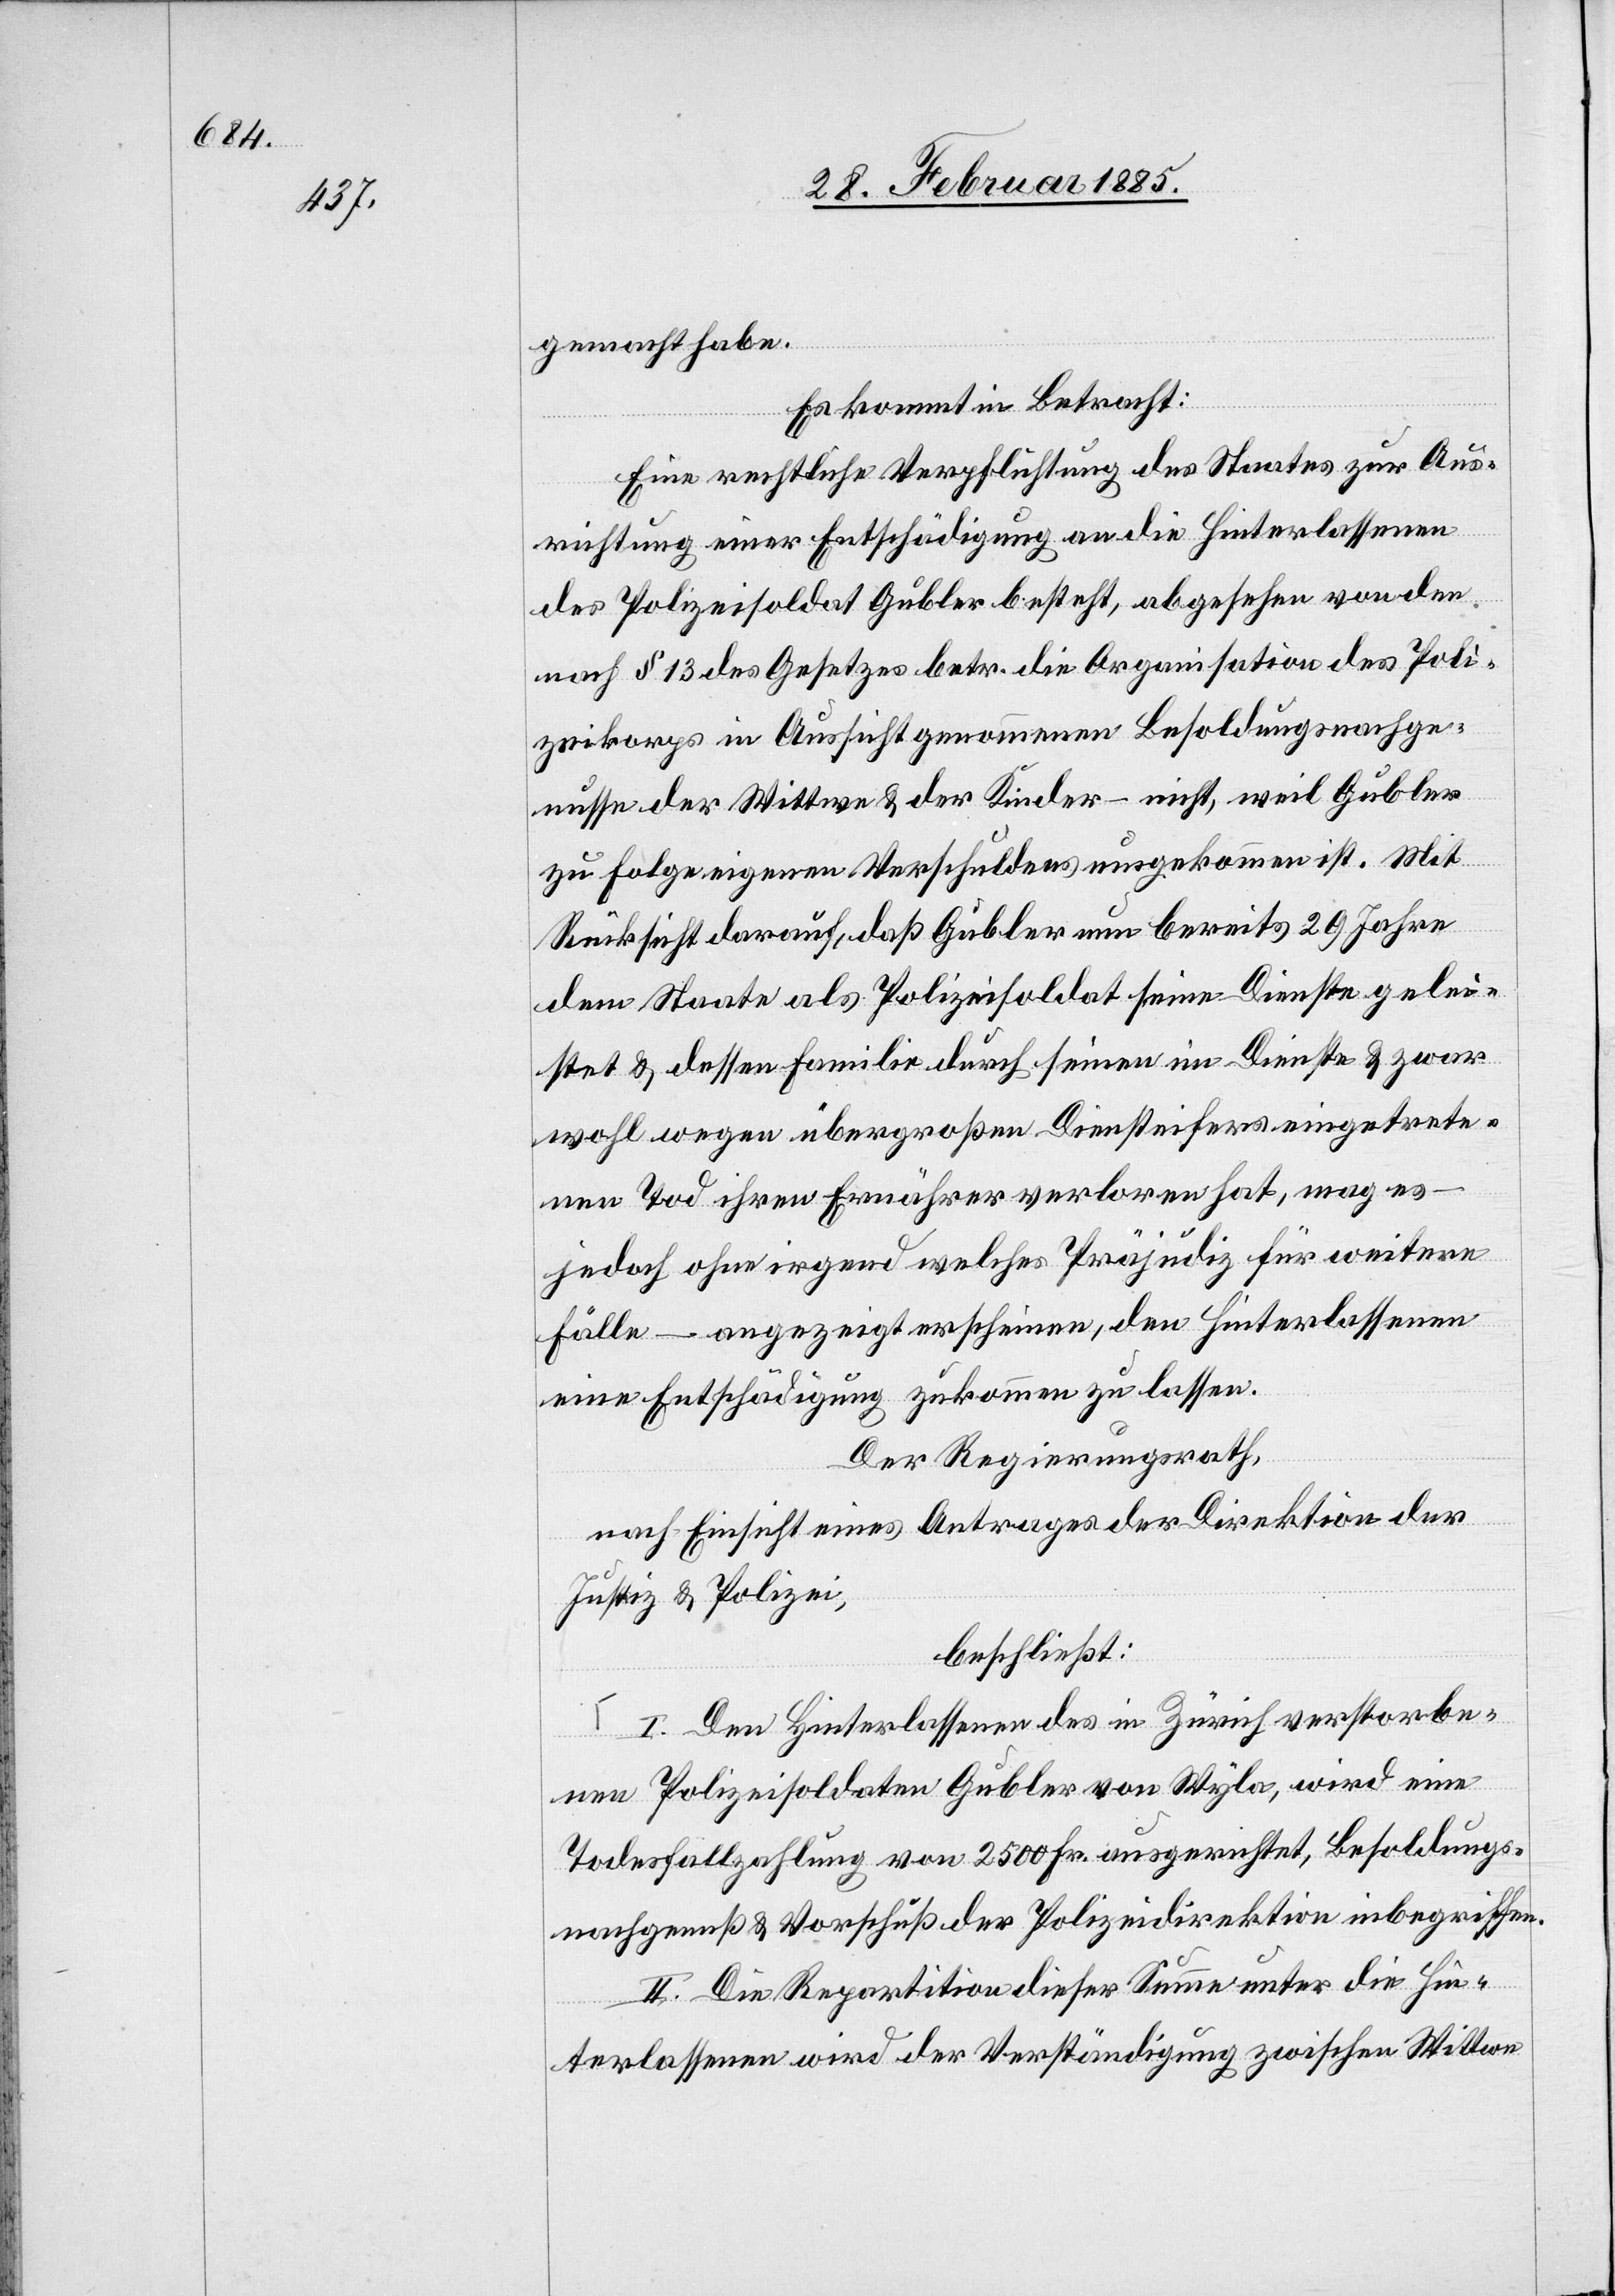
gemacht habe.
Es kommt in Betracht:
Eine rechtliche Verpflichtung des Staates zur Aus¬
richtung einer Entschädigung an die Hinterlassenen
des Polizeisoldat Gubler besteht, abgesehen von den
nach § 13 des Gesetzes betr. die Organisation des Poli¬
zeikorps in Aussicht genommene Besoldungsnachge¬
nusse der Wittwe & der Kinder – nicht, weil Gubler
zu Folge eigenen Verschuldens umgekommen ist. Mit
Rücksicht darauf, daß Gubler nun bereits 29 Jahre
dem Staate als Polizeisoldat seine Dienste gelei¬
stet & dessen Familie durch seinen im Dienste & zwar
wegen übergroßen Diensteifers eingetrete¬
nen Tod ihren Ernährer verloren hat, mag es
jedoch ohne irgend welches Präjudiz für weitere
Fälle – angezeigt erscheinen, den Hinterlassenen
eine Entschädigung zukommen zu lassen.
Der Regierungsrath,
nach Einsicht eines Antrages der Direktion der
Justiz & Polizei,
beschließt:
I. Den Hinterlassenen des in Zürich verstorbe¬
nen Polizeisoldaten Gubler von Wyla, wird eine
Todesfallzahlung von 2500 Fr. ausgerichtet, Besoldungs¬
nachgenuß & Vorschuß der Polizeidirektion inbegriffen.
II. Die Repartition dieser Summe unter die Hin¬
terlassenen wird der Verständigung zwischen Wittwe